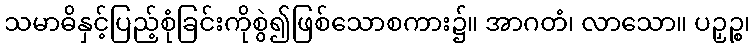
သမာဓိနှင့်ပြည့်စုံခြင်းကိုစွဲ၍ဖြစ်သောစကား၌။ အာဂတံ၊ လာသော။ ပဉှဉ္စ၊